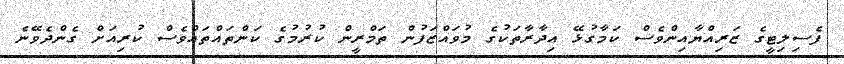
ފެސިލިޓީގެ ޒަރިއްޔާއިންވެސް ކަމާގުޅޭ އިދާރާތަކުގެ މުވައްޒަފުން ތަމްރީން ކުރުމުގެ ކަންތައްތައްވެސް ކުރިއަށް ގެންދެވޭނެ